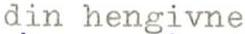
din hengivne